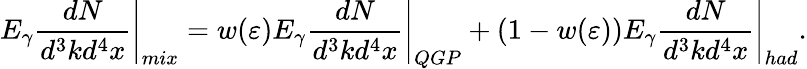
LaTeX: \left.E_{\gamma}\frac{dN}{d^{3}kd^{4}x}\right|_{mix}=w(\varepsilon)\left.E_{\gamma}\frac{dN}{d^{3}kd^{4}x}\right|_{QGP}+(1-w(\varepsilon))\left.E_{\gamma}\frac{dN}{d^{3}kd^{4}x}\right|_{had}.